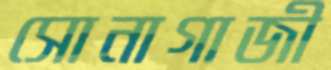
সোনাগাজী